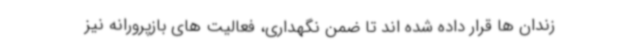
زندان ها قرار داده شده اند تا ضمن نگهداری، فعالیت های بازپرورانه نیز